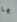
يا